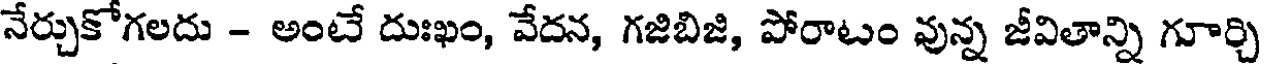
నేర్చుకోగలదు - అంటే దుఃఖం, వేదన, గజిబిజి, పోరాటం వున్న జీవితాన్ని గూర్చి